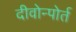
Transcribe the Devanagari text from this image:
दीवोन्पोर्त